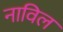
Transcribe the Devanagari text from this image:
नाविल